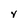
Character: V